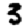
Digit: 3